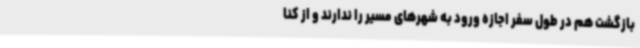
بازگشت هم در طول سفر اجازه ورود به شهرهای مسیر را ندارند و از کنا